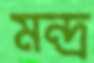
মন্দ্র